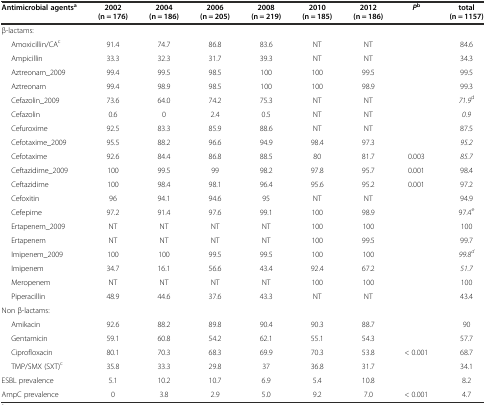
<table><thead><tr><td><b>Antimicrobial agents<sup>a</sup></b></td><td><b>2002 (n = 176)</b></td><td><b>2004 (n = 186)</b></td><td><b>2006 (n = 205)</b></td><td><b>2008 (n = 219)</b></td><td><b>2010 (n = 185)</b></td><td><b>2012 (n = 186)</b></td><td><b><i>P</i><sup>b</sup></b></td><td><b>total (n = 1157)</b></td></tr></thead><tbody><tr><td>β-lactams:</td><td></td><td></td><td></td><td></td><td></td><td></td><td></td><td></td></tr><tr><td>Amoxicillin/CA<sup>c</sup></td><td>91.4</td><td>74.7</td><td>86.8</td><td>83.6</td><td>NT</td><td>NT</td><td></td><td>84.6</td></tr><tr><td>Ampicillin</td><td>33.3</td><td>32.3</td><td>31.7</td><td>39.3</td><td>NT</td><td>NT</td><td></td><td>34.3</td></tr><tr><td>Aztreonam_2009</td><td>99.4</td><td>99.5</td><td>98.5</td><td>100</td><td>100</td><td>99.5</td><td></td><td>99.5</td></tr><tr><td>Aztreonam</td><td>99.4</td><td>98.9</td><td>98.5</td><td>100</td><td>100</td><td>98.9</td><td></td><td>99.3</td></tr><tr><td>Cefazolin_2009</td><td>73.6</td><td>64.0</td><td>74.2</td><td>75.3</td><td>NT</td><td>NT</td><td></td><td><i>71.9</i><sup>d</sup></td></tr><tr><td>Cefazolin</td><td>0.6</td><td>0</td><td>2.4</td><td>0.5</td><td>NT</td><td>NT</td><td></td><td><i>0.9</i></td></tr><tr><td>Cefuroxime</td><td>92.5</td><td>83.3</td><td>85.9</td><td>88.6</td><td>NT</td><td>NT</td><td></td><td>87.5</td></tr><tr><td>Cefotaxime_2009</td><td>95.5</td><td>88.2</td><td>96.6</td><td>94.9</td><td>98.4</td><td>97.3</td><td></td><td><i>95.2</i></td></tr><tr><td>Cefotaxime</td><td>92.6</td><td>84.4</td><td>86.8</td><td>88.5</td><td>80</td><td>81.7</td><td>0.003</td><td><i>85.7</i></td></tr><tr><td>Ceftazidime_2009</td><td>100</td><td>99.5</td><td>99</td><td>98.2</td><td>97.8</td><td>95.7</td><td>0.001</td><td>98.4</td></tr><tr><td>Ceftazidime</td><td>100</td><td>98.4</td><td>98.1</td><td>96.4</td><td>95.6</td><td>95.2</td><td>0.001</td><td>97.2</td></tr><tr><td>Cefoxitin</td><td>96</td><td>94.1</td><td>94.6</td><td>95</td><td>NT</td><td>NT</td><td></td><td>94.9</td></tr><tr><td>Cefepime</td><td>97.2</td><td>91.4</td><td>97.6</td><td>99.1</td><td>100</td><td>98.9</td><td></td><td>97.4<sup>e</sup></td></tr><tr><td>Ertapenem_2009</td><td>NT</td><td>NT</td><td>NT</td><td>NT</td><td>100</td><td>100</td><td></td><td>100</td></tr><tr><td>Ertapenem</td><td>NT</td><td>NT</td><td>NT</td><td>NT</td><td>100</td><td>99.5</td><td></td><td>99.7</td></tr><tr><td>Imipenem_2009</td><td>100</td><td>100</td><td>99.5</td><td>99.5</td><td>100</td><td>100</td><td></td><td><i>99.8</i><sup><i>d</i></sup></td></tr><tr><td>Imipenem</td><td>34.7</td><td>16.1</td><td>56.6</td><td>43.4</td><td>92.4</td><td>67.2</td><td></td><td><i>51.7</i></td></tr><tr><td>Meropenem</td><td>NT</td><td>NT</td><td>NT</td><td>NT</td><td>100</td><td>100</td><td></td><td>100</td></tr><tr><td>Piperacillin</td><td>48.9</td><td>44.6</td><td>37.6</td><td>43.3</td><td>NT</td><td>NT</td><td></td><td>43.4</td></tr><tr><td>Non β-lactams:</td><td></td><td></td><td></td><td></td><td></td><td></td><td></td><td></td></tr><tr><td>Amikacin</td><td>92.6</td><td>88.2</td><td>89.8</td><td>90.4</td><td>90.3</td><td>88.7</td><td></td><td>90</td></tr><tr><td>Gentamicin</td><td>59.1</td><td>60.8</td><td>54.2</td><td>62.1</td><td>55.1</td><td>54.3</td><td></td><td>57.7</td></tr><tr><td>Ciprofloxacin</td><td>80.1</td><td>70.3</td><td>68.3</td><td>69.9</td><td>70.3</td><td>53.8</td><td>&lt; 0.001</td><td>68.7</td></tr><tr><td>TMP/SMX (SXT)<sup>c</sup></td><td>35.8</td><td>33.3</td><td>29.8</td><td>37</td><td>36.8</td><td>31.7</td><td></td><td>34.1</td></tr><tr><td>ESBL prevalence</td><td>5.1</td><td>10.2</td><td>10.7</td><td>6.9</td><td>5.4</td><td>10.8</td><td></td><td>8.2</td></tr><tr><td>AmpC prevalence</td><td>0</td><td>3.8</td><td>2.9</td><td>5.0</td><td>9.2</td><td>7.0</td><td>&lt; 0.001</td><td>4.7</td></tr></tbody></table>